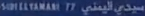
SÜDIFILAMAR 7